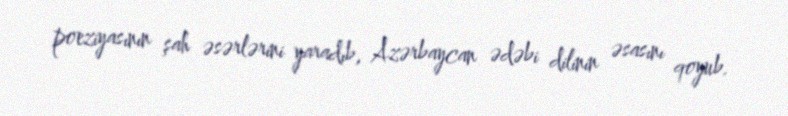
poeziyasının şah əsərlərini yaradıb, Azərbaycan ədəbi dilinin əsasını qoyub.